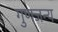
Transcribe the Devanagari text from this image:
गुणजन्य